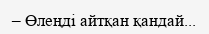
– Өлеңді айтқан қандай...